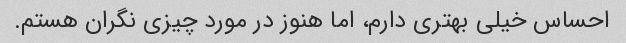
احساس خیلی بهتری دارم، اما هنوز در مورد چیزی نگران هستم.